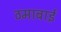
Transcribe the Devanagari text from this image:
ठमाबाई